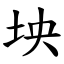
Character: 坱